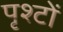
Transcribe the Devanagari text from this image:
पृश्टों